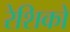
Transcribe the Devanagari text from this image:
रेशिको